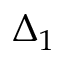
\Delta _ { 1 }